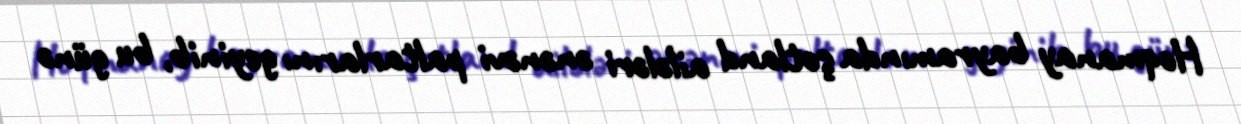
Hoqmanay bayramında şotland ailələri ənənəvi paltarlarını geyinib, bu günə